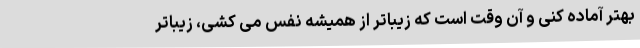
بهتر آماده کنی و آن وقت است که زیباتر از همیشه نفس می کشی، زیباتر